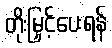
တိုးမြှင့်ပေးရန်